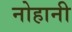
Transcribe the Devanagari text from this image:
नोहानी